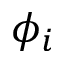
\phi _ { i }